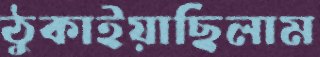
ঠুকাইয়াছিলাম